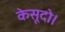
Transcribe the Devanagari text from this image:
केसूदो।